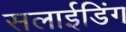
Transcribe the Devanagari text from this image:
सलाईडिंग